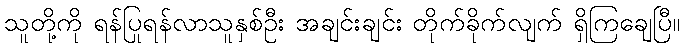
သူတို့ကို ရန်ပြုရန်လာသူနှစ်ဦး အချင်းချင်း တိုက်ခိုက်လျက် ရှိကြချေပြီ။